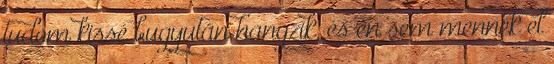
tudom kissé bugyután hangzik, és én sem mennék el